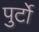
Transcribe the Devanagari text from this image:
पुर्टो